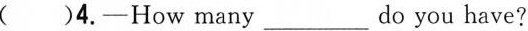
( )4.——How many_do you have?